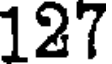
127